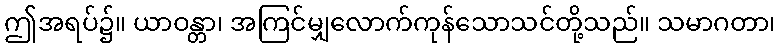
ဤအရပ်၌။ ယာဝန္တာ၊ အကြင်မျှလောက်ကုန်သောသင်တို့သည်။ သမာဂတာ၊